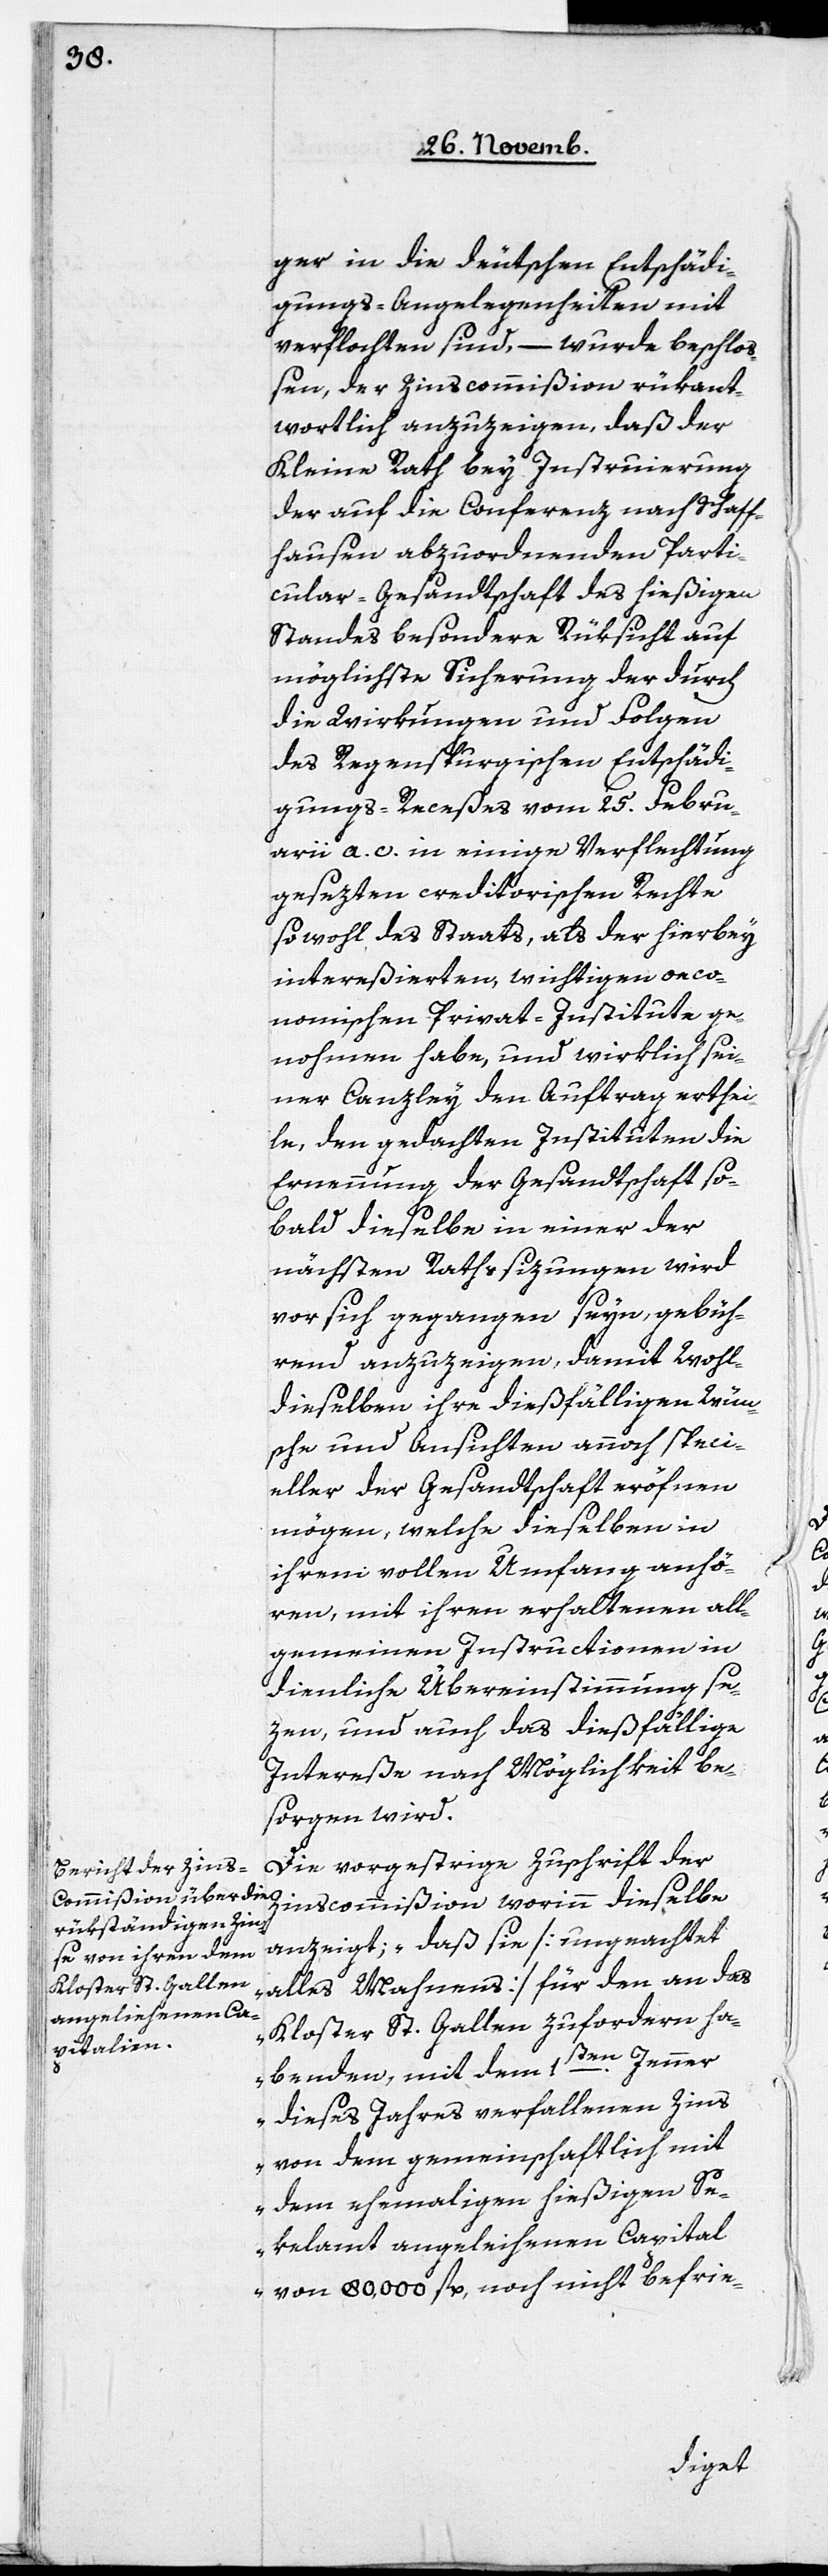
ger in die deutsche Entschädi¬
gungs-Angelegenheiten mit
verflochten sind, – wurde beschlo¬
ßen, der Zinscommißion rükant¬
wortlich anzuzeigen, daß der
Kleine Rath bey Instruierung
der auf die Conferenz nach Schaff¬
hausen abzuordnenden Parti¬
cular-Gesandtschaft des hießigen
Standes besondere Rüksicht auf
möglichste Sicherung der durch
die Wirkungen und Folgen
des Regenspurgischen Entschädi¬
gungs-Receßes vom 25. Febru¬
arii a. c. in einige Verflechtung
gesezten creditorischen Rechte
sowohl des Staats, als der hierbey
intereßierten, wichtigen oeco¬
nomischen Privat-Institute ge¬
nohmen habe, und wirklich sei¬
ner Canzley den Auftrag erthei¬
le, den gedachten Instituten die
Ernennung der Gesandtschaft so¬
bald dieselbe in einer der
nächsten Rathssizungen wird
vor sich gegangen seyn, gebüh¬
rend anzuzeigen, damit Wohl¬
dieselben ihre dießfälligen Wüns¬
che und Ansichten annoch speci¬
eller der Gesandtschaft eröfnen
mögen, welche dieselben in
ihrem vollen Umfang anhö¬
ren, mit ihren erhaltenen all¬
gemeinen Instructionen in
dienliche Übereinstimmung se¬
zen, und auch das dießfällige
Intereße nach Möglichkeit be¬
sorgen wird.
Die vorgestrige Zuschrift der
Zinscommißion worinn dieselbe
anzeigt; „daß sie [ungeachtet
alles Mahnens] für den an das
Kloster St. Gallen zufordern ha¬
benden, mit dem 1sten. Jenner
dieses Jahres verfallenen Zins
von dem gemeinschaftlich mit
dem ehemahligen hießigen Se¬
kelamt angeleihenen Capital
von 80,000 fl. noch nicht befrie-